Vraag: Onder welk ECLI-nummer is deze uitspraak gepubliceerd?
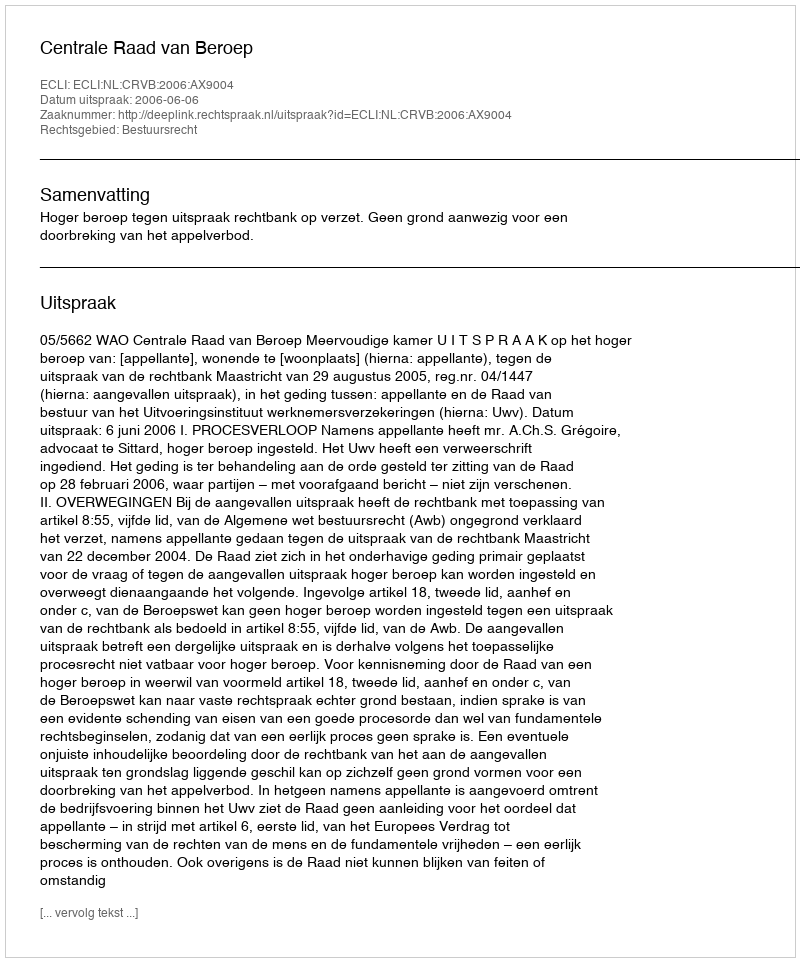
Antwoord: ECLI:NL:CRVB:2006:AX9004